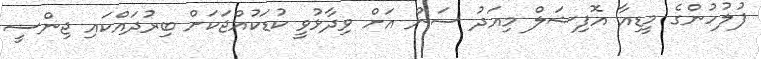
ފުލުހުންގެ މީޑިއާ އޮފިޝަލް މިއަދު ސަން އަށް ވިދާޅުވީ ކުޑަކުއްޖަކަށް ބިރުދައްކައި ޖިންސީ